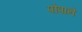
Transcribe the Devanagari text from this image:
पोपाने